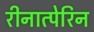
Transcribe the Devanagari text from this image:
रीनात्पेरिन